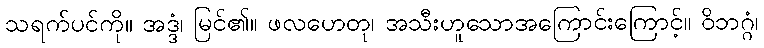
သရက်ပင်ကို။ အဒ္ဒံ၊ မြင်၏။ ဖလဟေတု၊ အသီးဟူသောအကြောင်းကြောင့်။ ဝိဘဂ္ဂံ၊